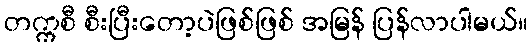
တက္ကစီ စီးပြီးတော့ပဲဖြစ်ဖြစ် အမြန် ပြန်လာပါမယ်။